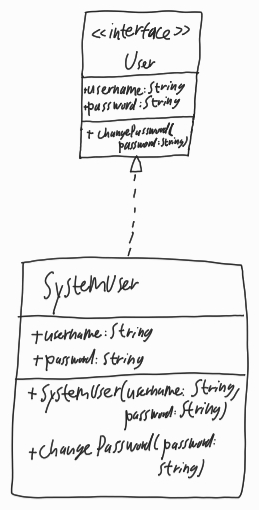
Diagram type: class_diagram
```plantuml
@startuml

interface User {
  + username: String
  + password: String
  + changePassword(password: String)
}

class SystemUser implements User {
  + username: String
  + password: String
  + SystemUser(username: String, password: String)
  + changePassword(password: String)
}

@enduml
```